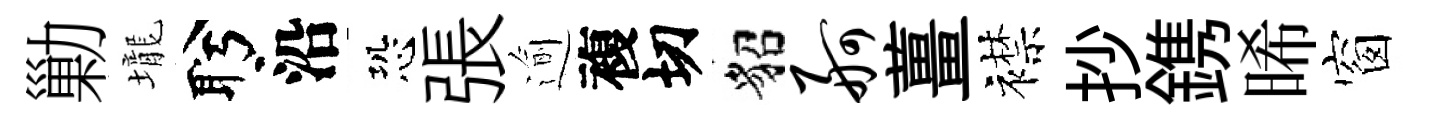
勦壠盻沿恐張逾複切貂舸薑襟抄鎸晞窗